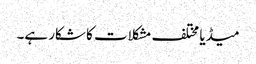
میڈیا مختلف مشکلات کا شکار ہے۔